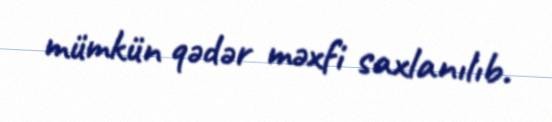
mümkün qədər məxfi saxlanılıb.